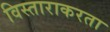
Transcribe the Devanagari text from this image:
विस्ताराकरता